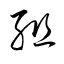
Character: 組